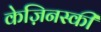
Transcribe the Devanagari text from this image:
केज़िनस्की